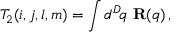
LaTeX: T _ { 2 } ( i , j , l , m ) = \int d ^ { D } \! q \, \, { \bf R } ( q ) \, ,